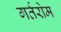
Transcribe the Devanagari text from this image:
गर्तरोम